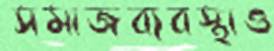
সমাজব্যবস্থাও